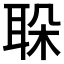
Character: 𦕰